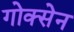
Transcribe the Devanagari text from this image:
गोक्सेन